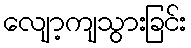
လျော့ကျသွားခြင်း